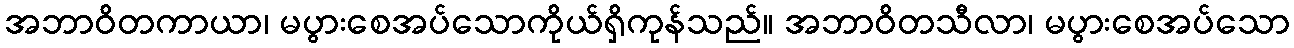
အဘာဝိတကာယာ၊ မပွားစေအပ်သောကိုယ်ရှိကုန်သည်။ အဘာဝိတသီလာ၊ မပွားစေအပ်သော